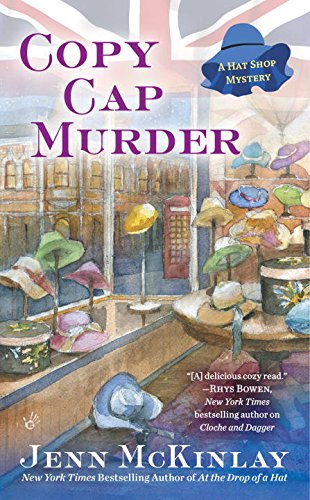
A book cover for Copy Cap Murder: A Hat Shop Mystery; Jenn McKinlay; Mystery, Thriller & Suspense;